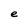
Character: e